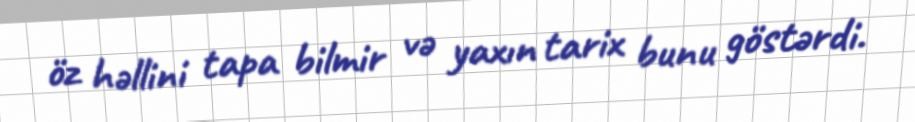
öz həllini tapa bilmir və yaxın tarix bunu göstərdi.